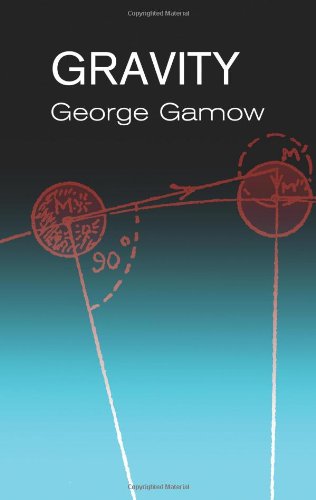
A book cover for Gravity; George Gamow; Science & Math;